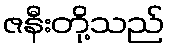
ဇနီးတို့သည်